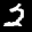
Label: 2